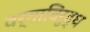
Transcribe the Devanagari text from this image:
वर्गाविरुद्ध